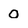
Character: O